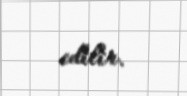
edilir.